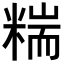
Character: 𥻁